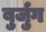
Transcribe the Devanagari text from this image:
बुर्जुग